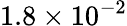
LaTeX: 1.8\times 10^{-2}